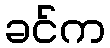
ခင်က